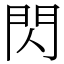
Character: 閃